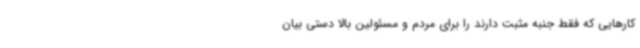
کارهایی که فقط جنبه مثبت دارند را برای مردم و مسئولین بالا دستی بیان